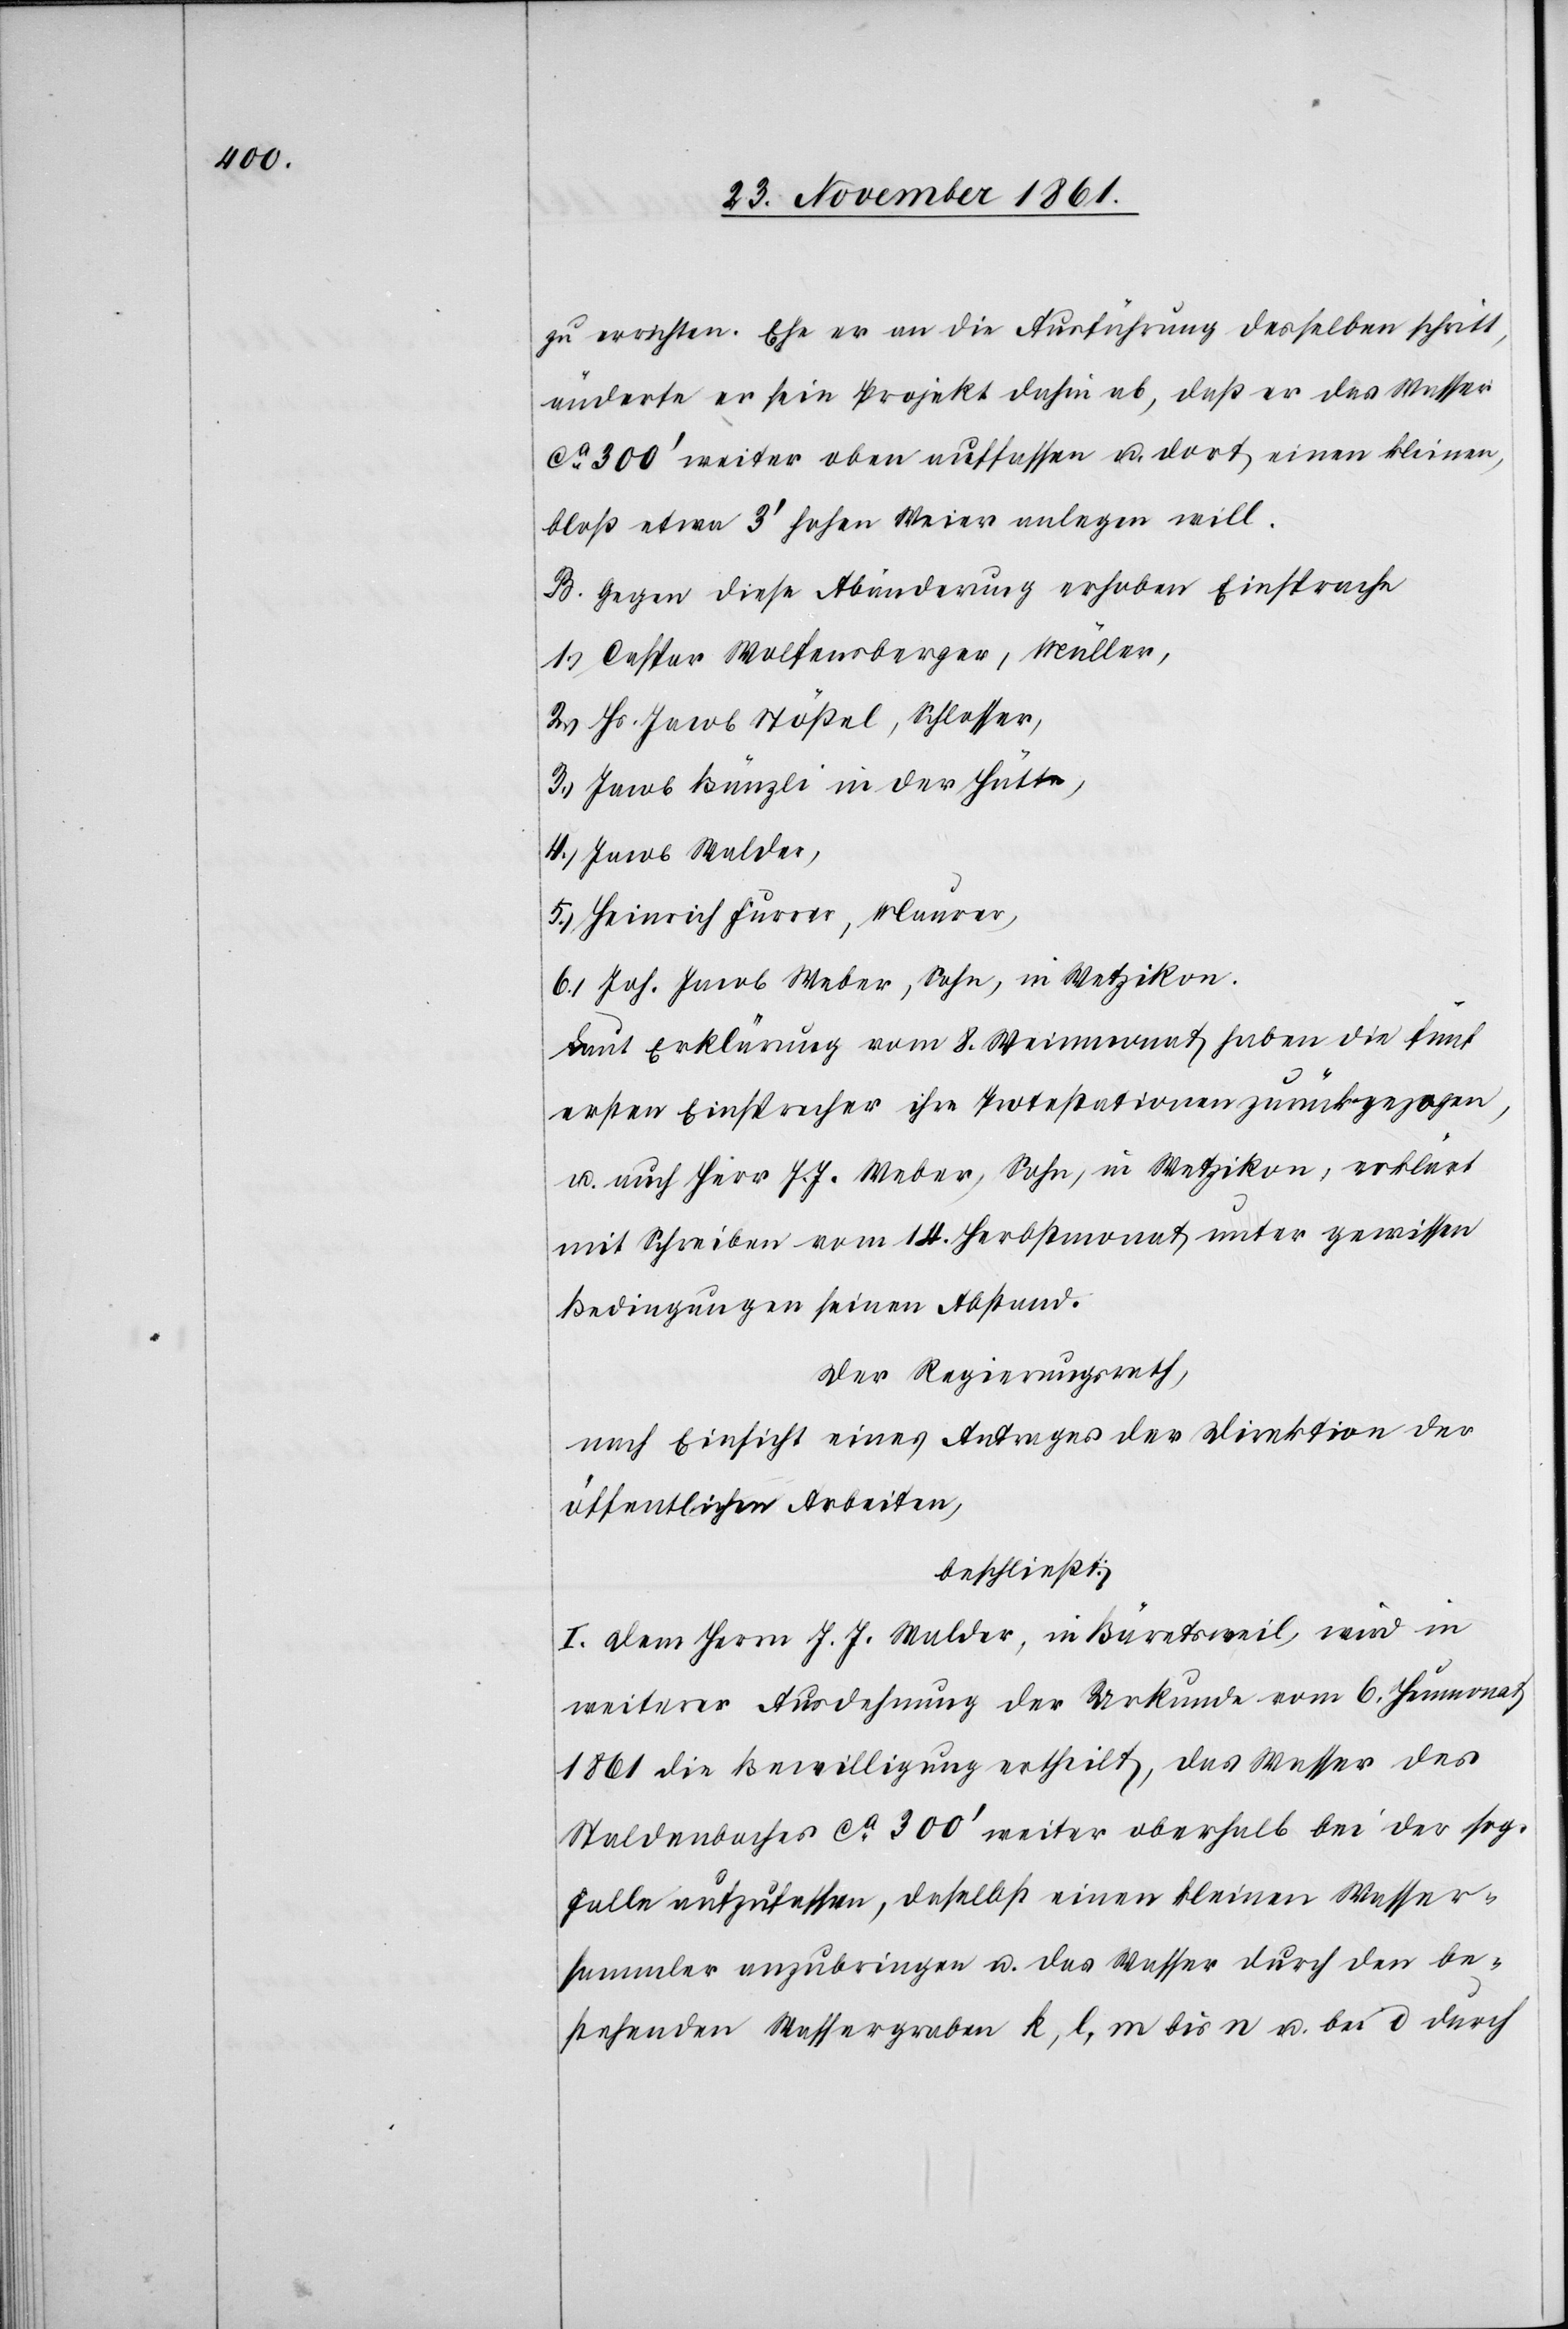
zu errichten. Ehe er an die Ausführung desselben schritt,
änderte er sein Projekt dahin ab, daß er das Wasser
ca 300‘ weiter oben auffassen u. dort einen kleinen,
bloß etwa 3‘ hohen Weier anlegen will.
B. Gegen diese Abänderung erhoben Einsprache
1.) Caspar Wolfensberger, Müller,
2.) Hs. Jacob Stößel, Schlosser,
3.) Jacob Bünzli in der Hütte,
4.) Jacob Walder,
5.) Heinrich Furrer, Maurer,
6.) Joh. Jacob Weber, Sohn, Wetzikon.
Laut Erklärung vom 8 Weinmonat haben die fünf
ersten Einsprecher ihre Protestationen zurückgezogen,
u. auch Herr J. J. Weber, Sohn, in Wetzikon, erklärt
mit Schreiben vom 14 Herbstmonat unter gewissen
Bedingungen seinen Abstand.
Der Regierungsrath,
nach Einsicht eines Antrages der Direktion der
öffentlichen Arbeiten,
beschließt:
I. Dem Herrn J. J. Walder, in Bäretsweil, wird in
weiterer Ausdehnung der Urkunde vom 6 Heumonat
1861 die Bewilligung ertheilt, das Wasser des
Staldenbaches ca 300‘ weiter oberhalb bei der sog.
Falle aufzufassen, daselbst einen kleinen Wasser¬
sammler anzubringen u. das Wasser durch den be¬
stehenden Wassergraben k, l, m bis n u. bei o durch